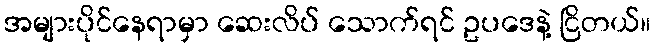
အများပိုင်နေရာမှာ ဆေးလိပ် သောက်ရင် ဥပဒေနဲ့ ငြိတယ်။